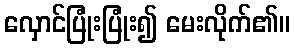
လှောင်ပြုံးပြုံး၍ မေးလိုက်၏။